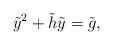
LaTeX: \begin{align*} \tilde{y}^2+\tilde{h}\tilde{y} = \tilde{g}, \end{align*}